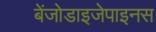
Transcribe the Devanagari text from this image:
बेंजोडाइजेपाइनस